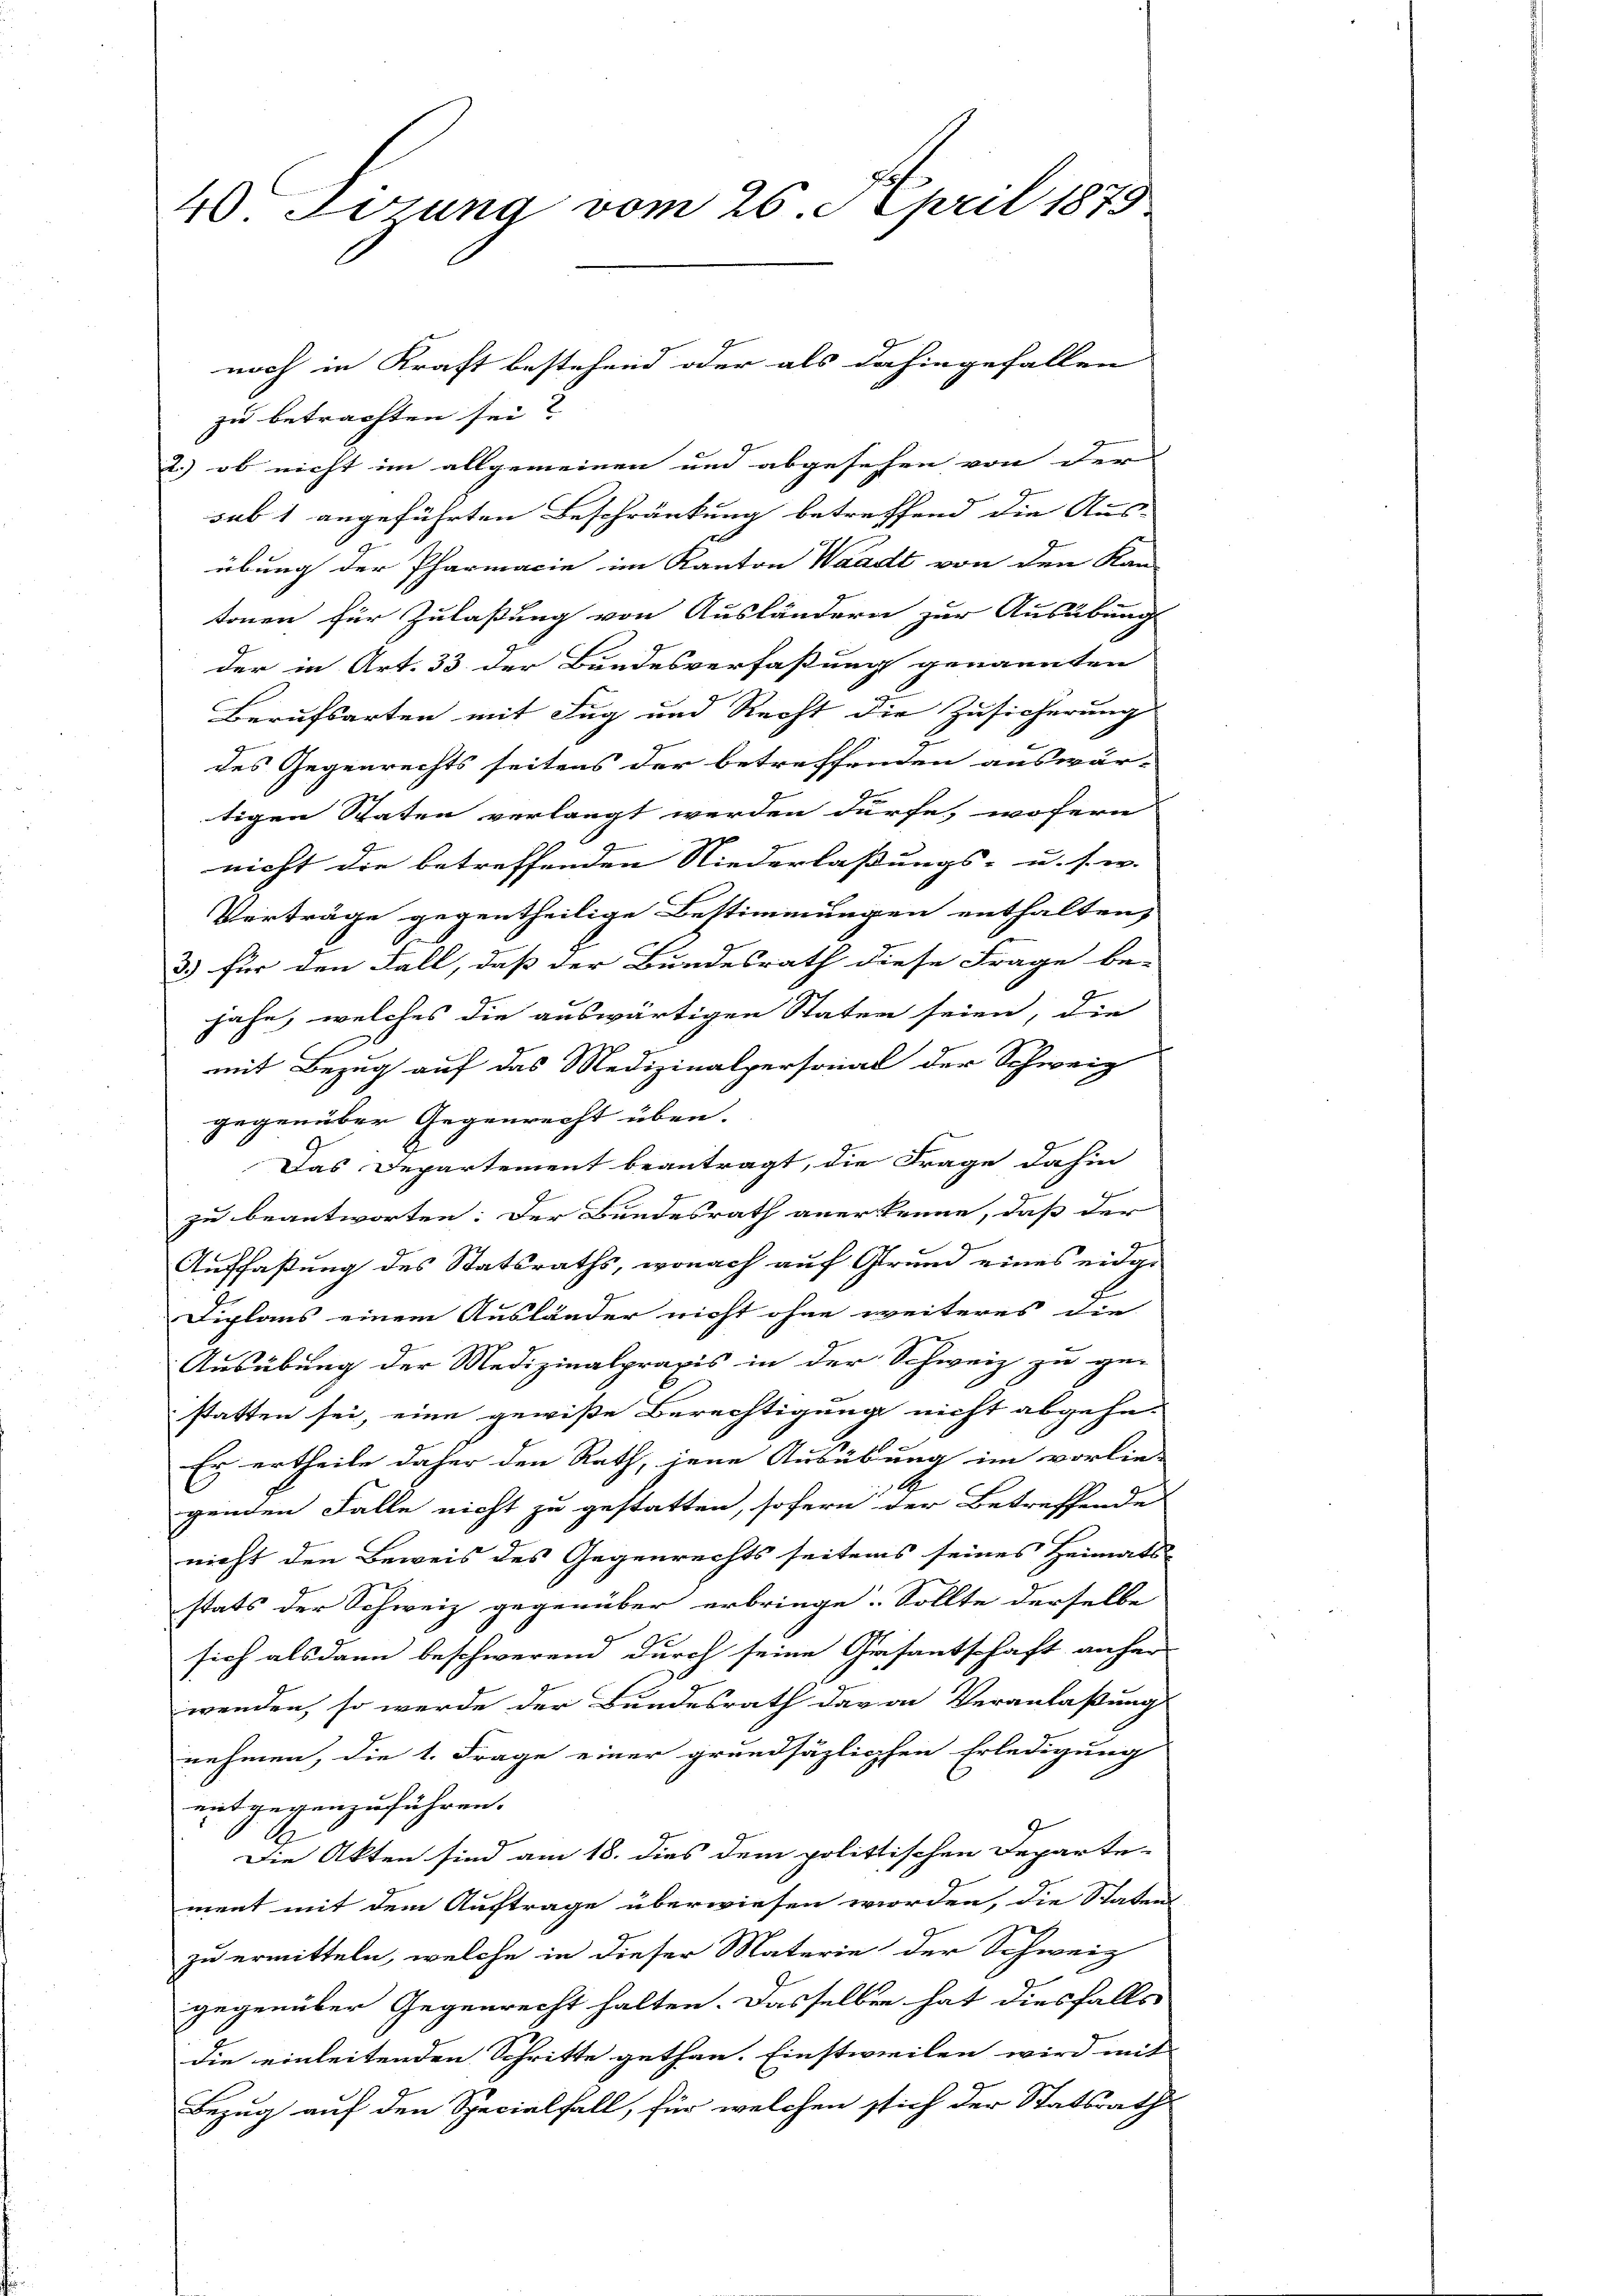
40 Lösung vom 26. April 1879

zu betrachten sei?
2.) ob nicht im allgemeinen und abgesehen von der |
sub 1 angeführten Beschränkung betreffend die Aus-
übung der Pharmacie im Kanton Waadt von den Kan-
tonen für Zulaßung von Ausländern zur Ausübung
der in Art. 33 der Bundesverfaßung genannten
Berufsarten mit Fug und Recht die Zusicherung
J
9
des Gegenrechts seitens der betreffenden auswär-
tigen Staten verlangt werden dürfe, wofern
g
nicht die betreffenden Niederlassungs- u. s. w. |
Verträge gegentheilige Bestimmungen enthalten,
3) für den Fall, daß der Bundesrath diese Frage be-
jähe, welches die auswärtigen Staten seien, die
mit Bezug auf das Medizinalpersonal der Schweiz
gegenüber Gegenrecht über.
Das Departement beantragt, die Frage dahin
zu beantworten: Der Bundesrath anerkenne, daß der
Auffaßung des Statsraths, wonach auf Grund eines eidge
Fiplaus einem Ausländer nicht ohne weiteres die
Ausübung der Medizinalpraxis in der Schweiz zu ge-
statten sei, eine gewiße Berechtigung nicht abgehe-
Er ertheile daher den Rath, jene Ausübung im vorlie-
 A
genden Falle nicht zu gestatten, sofern der Betreffende
nicht den Beweis des Gegenrechts seitens seines Heimats-
stats der Schweiz gegenüber erbringe. Sollte derselbe
sich alsdann beschwerend durch seine Gesantschaft anher
wenden, so werde der Bundesrath davon Veranlaßung
nehmen, die 1. Frage einer grundsäzlichen Erledigung
entgegenzuführen.
A
Die Akten sind am 18. dies dem polittischen Departe-
ment mit dem Auftrage überwiesen worden, die Staten
zu ermitteln, welche in dieser Materie der Schweiz
gegenüber Gegenrecht halten. Dasselben hat diesfalls
die einleitenden Schritte gethan. Einstweilen wird mit
Bezug auf den Specialfall, für welchen sich der Statsrath

noch in Kraft bestehend oder als dahingefallen